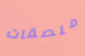
ملصقات